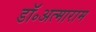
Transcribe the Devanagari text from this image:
डॉ॰अत्माराम